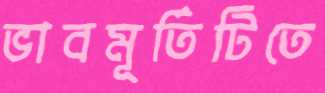
ভাবমূর্তিটিতে